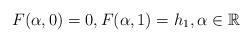
LaTeX: \begin{align*} F(\alpha,0)=0, F(\alpha,1)=h_1,\alpha\in\mathbb{R}\end{align*}